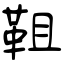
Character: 靻